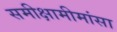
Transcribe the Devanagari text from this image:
समीक्षामीमांसा